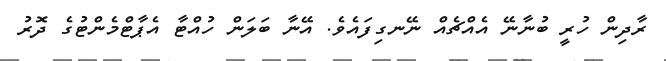
ރާދިން ހުރީ ބުނާނޭ އެއްޗެއް ނޭނގިފައެވެ. އޭނާ ބަލަން ހުއްޓާ އެޕާޓްމެންޓުގެ ދޮރު